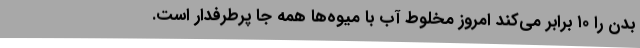
بدن را ۱۰ برابر می‌کند امروز مخلوط آب با میوه‌ها همه جا پرطرفدار است.